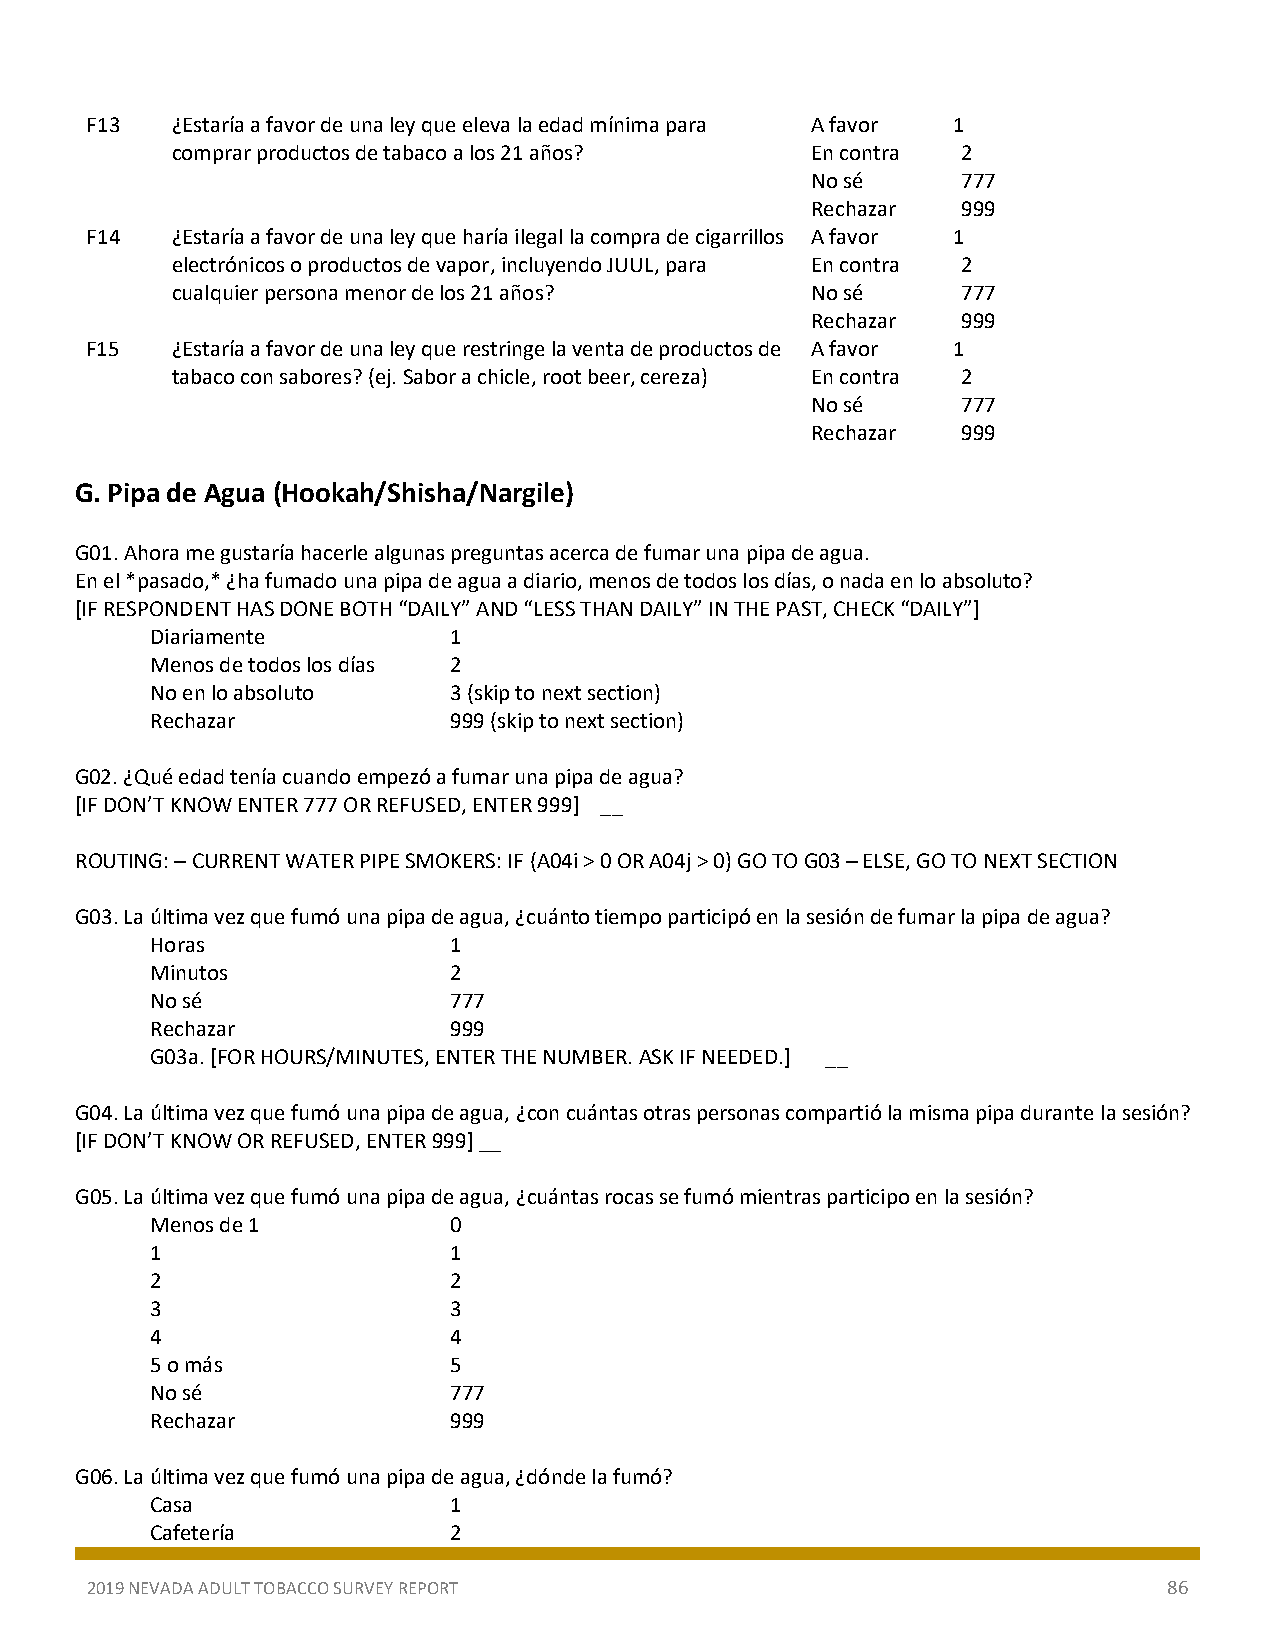
F13  ¿Estaría a favor de una ley que eleva la edad mínima para A favor 1
 comprar productos de tabaco a los 21 años? En contra 2
 No sé     777
 Rechazar  999
 F14  ¿Estaría a favor de una ley que haría ilegal la compra de cigarrillos A favor 1
 electrónicos o productos de vapor, incluyendo JUUL, para En contra 2
 cualquier persona menor de los 21 años?    No sé     777
 Rechazar  999
 F15  ¿Estaría a favor de una ley que restringe la venta de productos de A favor 1
 tabaco con sabores? (ej. Sabor a chicle, root beer, cereza) En contra 2
 No sé     777
 Rechazar  999
 G. Pipa de Agua (Hookah/Shisha/Nargile)
 G01. Ahora me gustaría hacerle algunas preguntas acerca de fumar una pipa de agua.
 En el *pasado,* ¿ha fumado una pipa de agua a diario, menos de todos los días, o nada en lo absoluto?
 [IF RESPONDENT HAS DONE BOTH “DAILY” AND “LESS THAN DAILY” IN THE PAST, CHECK “DAILY”]
 Diariamente         1
 Menos de todos los días 2
 No en lo absoluto   3 (skip to next section)
 Rechazar            999 (skip to next section)
 G02. ¿Qué edad tenía cuando empezó a fumar una pipa de agua?
 [IF DON’T KNOW ENTER 777 OR REFUSED, ENTER 999] __
 ROUTING: ─ CURRENT WATER PIPE SMOKERS: IF (A04i > 0 OR A04j > 0) GO TO G03 ─ ELSE, GO TO NEXT SECTION
 G03. La última vez que fumó una pipa de agua, ¿cuánto tiempo participó en la sesión de fumar la pipa de agua?
 Horas               1
 Minutos             2
 No sé               777
 Rechazar            999
 G03a. [FOR HOURS/MINUTES, ENTER THE NUMBER. ASK IF NEEDED.] __
 G04. La última vez que fumó una pipa de agua, ¿con cuántas otras personas compartió la misma pipa durante la sesión?
 [IF DON’T KNOW OR REFUSED, ENTER 999] __
 G05. La última vez que fumó una pipa de agua, ¿cuántas rocas se fumó mientras participo en la sesión?
 Menos de 1          0
 1                   1
 2                   2
 3                   3
 4                   4
 5 o más             5
 No sé               777
 Rechazar            999
 G06. La última vez que fumó una pipa de agua, ¿dónde la fumó?
 Casa                1
 Cafetería           2
 2019 NEVADA ADULT TOBACCO SURVEY REPORT                                86